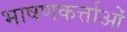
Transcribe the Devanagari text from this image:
भाषणकर्त्ताओं